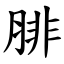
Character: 腓